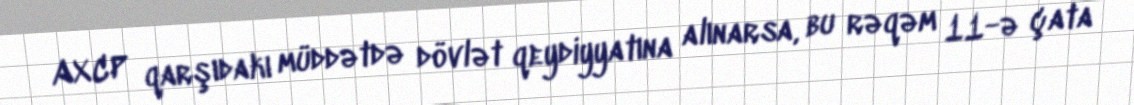
AXCP qarşıdakı müddətdə dövlət qeydiyyatına alınarsa, bu rəqəm 11-ə çata